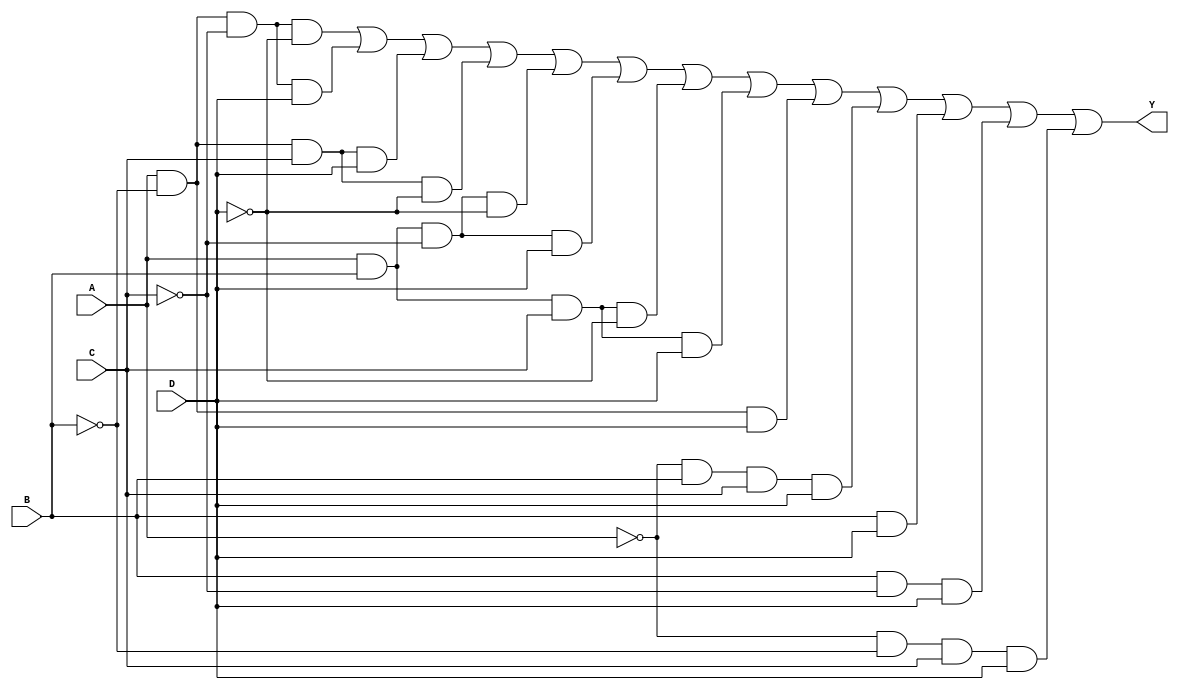
module four_variable_kmap (
    input wire A, // Input variable A
    input wire B, // Input variable B
    input wire C, // Input variable C
    input wire D, // Input variable D
    output wire Y // Output Y
);

// K-map simplified expression for Y
// Assuming we have derived the simplified expression based on the K-map grouping.
// For demonstration purposes, I will use a hypothetical simplified expression.
// You should replace the expression below with the actual one from your K-map analysis.

assign Y = (A & ~B & ~C & ~D) | // Minterm 0
           (A & ~B & ~C & D)  | // Minterm 1
           (A & ~B & C & D)   | // Minterm 3
           (A & ~B & C & ~D)  | // Minterm 2
           (A & B & ~C & ~D)  | // Minterm 4
           (A & B & ~C & D)   | // Minterm 5
           (A & B & C & ~D)   | // Minterm 7
           (A & B & C & D)    | // Minterm 15
           (A & ~B & D)       | // Minterm 14
           (~A & B & C & D)   | // Minterm 13
           (B & D)            | // Minterm 9
           (B & ~C & D)       | // Minterm 11
           (~A & ~B & C & D); // Minterm 12

endmodule